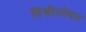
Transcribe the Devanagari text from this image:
विंचीसोबत